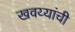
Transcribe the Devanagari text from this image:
खवय्यांची